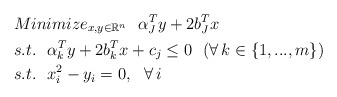
\begin{align*} &Minimize_{x,y\in\mathbb{R}^{n}}\ \ \alpha_J^Ty+2b_J^Tx\\ &s.t.\ \ \alpha_k^Ty+2b_k^Tx+c_j \le 0\ \ (\forall\,k\in\{1,...,m\})\\ &s.t.\ \ x_i^2-y_i = 0,\ \ \forall\,i \end{align*}